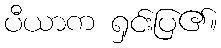
ပီယာက ရှင်းပြ၏။